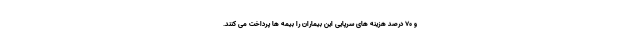
و ۷۰ درصد هزینه های سرپایی این بیماران را بیمه ها پرداخت می کنند.